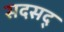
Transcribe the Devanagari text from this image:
सदसद्